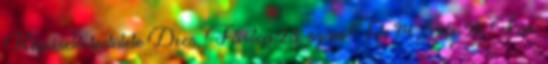
Képviselő-testülete Decs, Fő utca 23. szám Tel: 74 595-911, Fax: